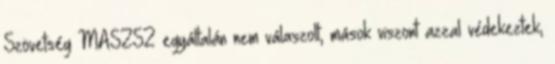
Szövetség MASZSZ egyáltalán nem válaszolt, mások viszont azzal védekeztek,